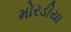
મોરડીયા